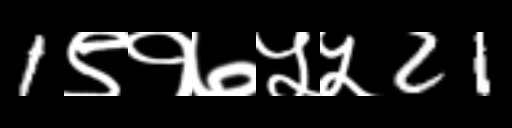
Text: 1९१७५५21